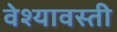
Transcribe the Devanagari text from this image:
वेश्यावस्ती